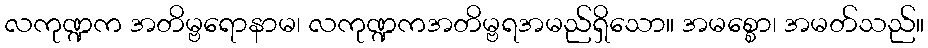
လကုဏ္ဍက အတိမ္ဗရောနာမ၊ လကုဏ္ဍကအတိမ္ဗရအမည်ရှိသော။ အမစ္စော၊ အမတ်သည်။